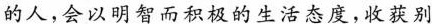
的人，会以明智而积极的生活态度，收获别